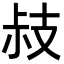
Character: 𢻃